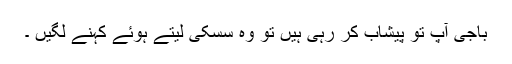
باجی آپ تو پیشاب کر رہی ہیں تو وہ سسکی لیتے ہوئے کہنے لگیں ۔